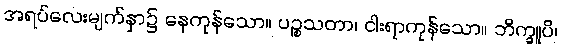
အရပ်လေးမျက်နှာ၌ နေကုန်သော။ ပဉ္စသတာ၊ ငါးရာကုန်သော။ ဘိက္ခူပိ၊